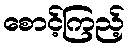
စောင့်ကြည့်